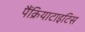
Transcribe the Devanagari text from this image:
पैंक्रियाटाइटिस